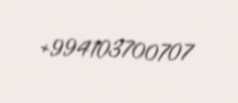
+994103700707